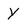
Character: Y